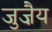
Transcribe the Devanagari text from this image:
जुज़ैय